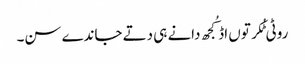
روٹی ٹُکر توں اڈ کُجھ دانے ہی دتے جاندے سن۔